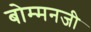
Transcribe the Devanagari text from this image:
बोम्मनजी